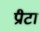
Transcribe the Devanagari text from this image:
प्रीटा